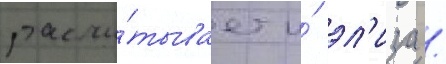
рассчи́тывает и́ эл'иза /